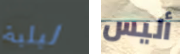
ليلية أليس